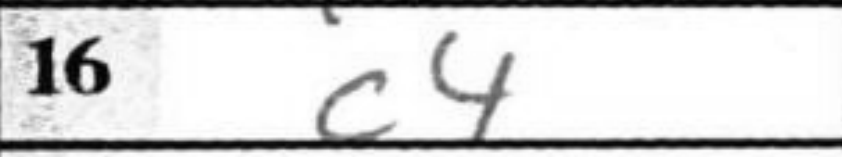
Transcription: c4